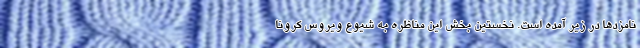
نامزدها در زیر آمده است. نخستین بخش این مناظره به شیوع ویروس کرونا